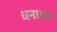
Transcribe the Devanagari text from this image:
धनावह